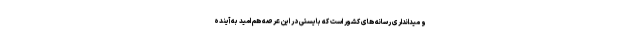
و میدانداری رسانه های کشور است که بایستی در این عرصه هم امید به آینده